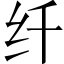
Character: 纤